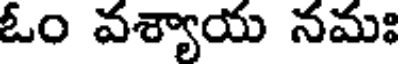
ఓం వశ్యాయ నమః